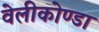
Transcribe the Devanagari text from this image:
वेलीकोण्डा